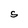
Character: S